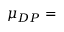
\mu _ { D P } =